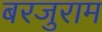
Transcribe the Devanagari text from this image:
बरजुराम